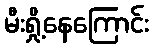
မီးရှို့နေကြောင်း